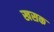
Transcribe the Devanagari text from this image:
खसक